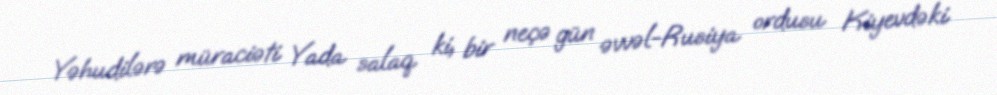
Yəhudilərə müraciəti Yada salaq ki, bir neçə gün əvvəl-Rusiya ordusu Kiyevdəki